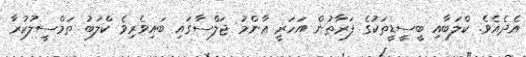
އެދެއެވެ. ކްލަބާއި ބީސީޑީތަކުގެ ފަރާތުން އަހަރީ ޢާންމު ޖަލްސާގައި ބައިވެރިވެ ކްލަބު ތަމްސީލުކުރާ